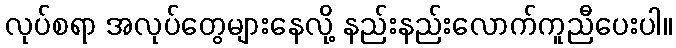
လုပ်စရာ အလုပ်တွေများနေလို့ နည်းနည်းလောက်ကူညီပေးပါ။